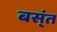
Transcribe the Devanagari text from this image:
बस्ंत